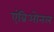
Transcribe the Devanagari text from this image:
एंब्रिओनल